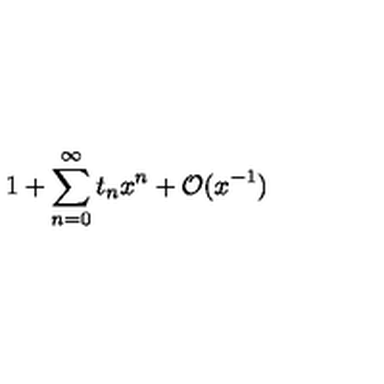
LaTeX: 1 + \sum _ { n = 0 } ^ { \infty } t _ { n } x ^ { n } + { \cal O } ( x ^ { - 1 } )